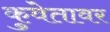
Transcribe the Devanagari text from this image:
कुवेतावर